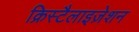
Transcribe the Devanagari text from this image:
क्रिस्टैलाइज़ेशन